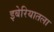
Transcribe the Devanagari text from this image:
इबेरियातला